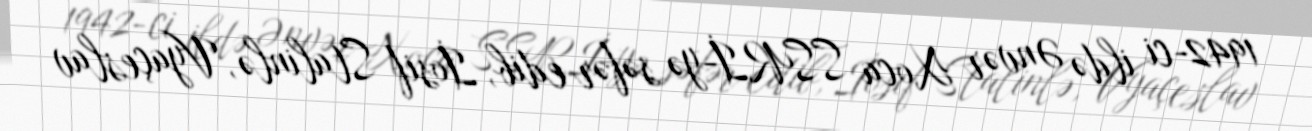
1942-ci ildə Ənvər Xoca SSRİ-yə səfər edib, İosif Stalinlə, Vyaçeslav